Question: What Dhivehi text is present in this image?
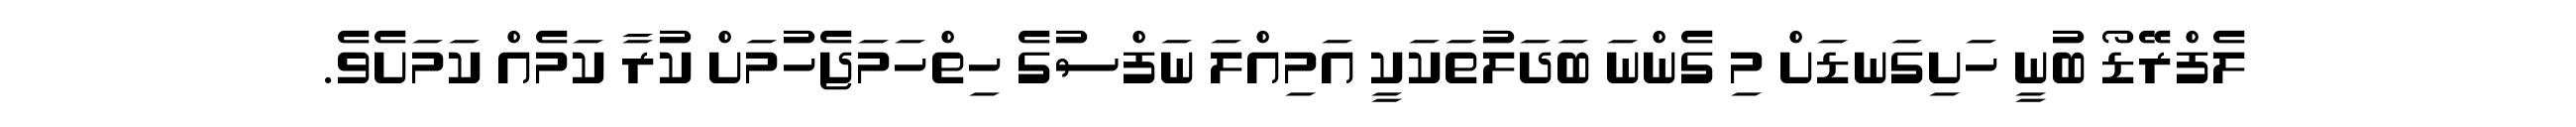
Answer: ލެފްރޭޑޯ ބުނީ ހަށިގަނޑަށް މި ގެންނަ ބަދަލުތަކަކީ އަމިއްލަ ނަފްސުގެ ހިތްހަމަޖެހުމަށް ކުރާ ކަމެއް ކަމަށެވެ.